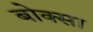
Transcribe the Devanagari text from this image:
बोक्सा